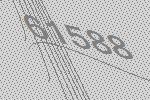
61588